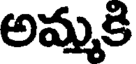
అమ్మకి